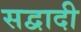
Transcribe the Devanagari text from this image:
सद्वादी